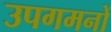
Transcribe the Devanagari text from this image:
उपगमनों